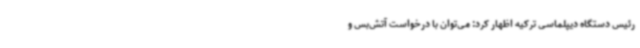
رئیس دستگاه دیپلماسی ترکیه اظهار کرد: می‌توان با درخواست آتش‌بس و